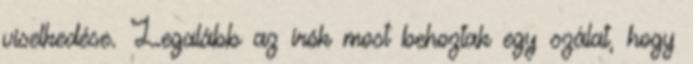
viselkedése. Legalább az írók most behoztak egy szálat, hogy